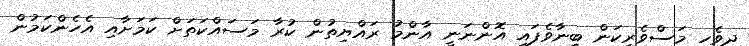
ދިވެހި މަސްވެރިކަން ބިނާވެފައި އޮންނަނީ އާންމު ރައްޔިތުން ކުރާ މަސައްކަތަށް ކަމަށާއި އެހެންކަމުން